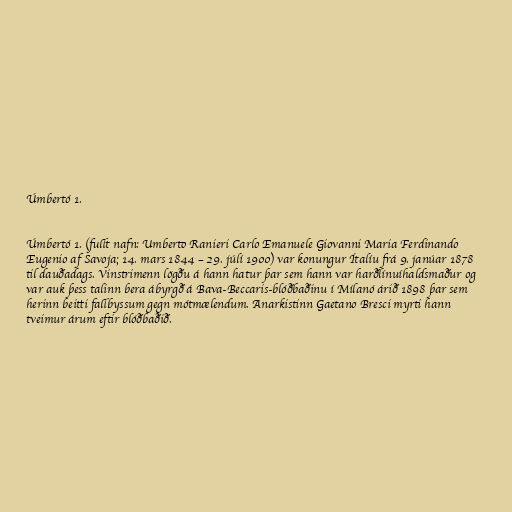
Úmbertó 1.

Úmbertó 1. (fullt nafn: Umberto Ranieri Carlo Emanuele Giovanni Maria Ferdinando
Eugenio af Savoja; 14. mars 1844 – 29. júlí 1900) var konungur Ítalíu frá 9. janúar 1878
til dauðadags. Vinstrimenn lögðu á hann hatur þar sem hann var harðlínuíhaldsmaður og
var auk þess talinn bera ábyrgð á Bava-Beccaris-blóðbaðinu í Mílanó árið 1898 þar sem
herinn beitti fallbyssum gegn mótmælendum. Anarkistinn Gaetano Bresci myrti hann
tveimur árum eftir blóðbaðið.